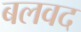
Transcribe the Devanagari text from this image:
बलवद